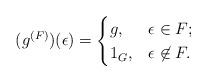
LaTeX: \begin{align*}(g^{(F)})(\epsilon)=\begin{cases} g, & \epsilon\in F; \\ 1_G, & \epsilon\not\in F.\end{cases}\end{align*}